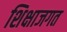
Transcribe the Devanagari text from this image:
शिक्षाजगत